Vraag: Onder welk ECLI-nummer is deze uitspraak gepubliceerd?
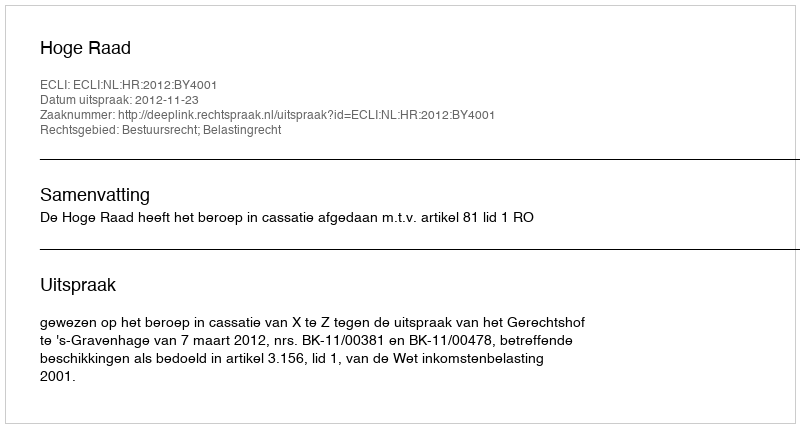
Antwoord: ECLI:NL:HR:2012:BY4001